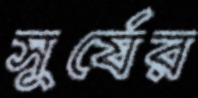
সুর্যের